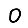
Digit: 0